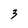
Character: 3